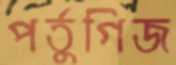
পর্তুগিজ